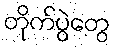
တိုက်ပွဲတွေ